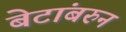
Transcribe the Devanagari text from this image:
बेटांबरुन